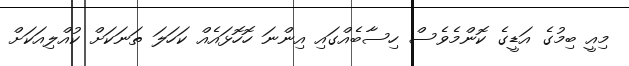
މިއީ ބިމުގެ އަޑީގެ ކޮންމެވެސް ހިސާބެއްގައި އިންނަ ހޮހޮޅައެއް ކަހަލަ ތަނަކަށް ކުއްލިއަކަށް